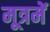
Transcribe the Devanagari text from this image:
मूत्रमें